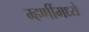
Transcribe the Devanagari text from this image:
म्हणींमध्ये